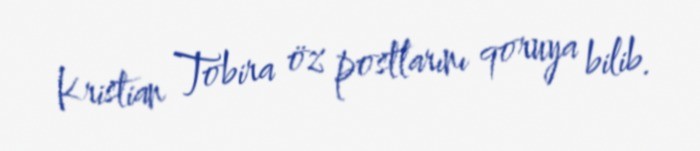
Kristian Tobira öz postlarını qoruya bilib.